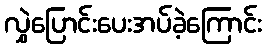
လွှဲပြောင်းပေးအပ်ခဲ့ကြောင်း